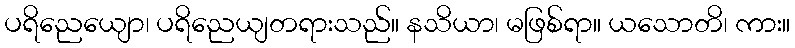
ပရိညေယျော၊ ပရိညေယျတရားသည်။ နသိယာ၊ မဖြစ်ရာ။ ယသောတိ၊ ကား။